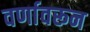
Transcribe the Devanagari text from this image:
वर्णावरून